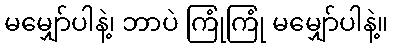
မမျှော်ပါနဲ့၊ ဘာပဲ ကြုံကြုံ မမျှော်ပါနဲ့။